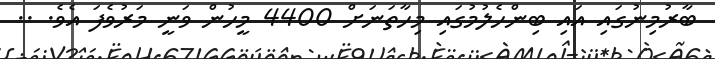
ބާރުމިނުގައި އައި ބިންހެލުމުގައި މިހާތަނަށް 4400 މީހުން ވަނީ މަރުވެފަ އެވެ. ..